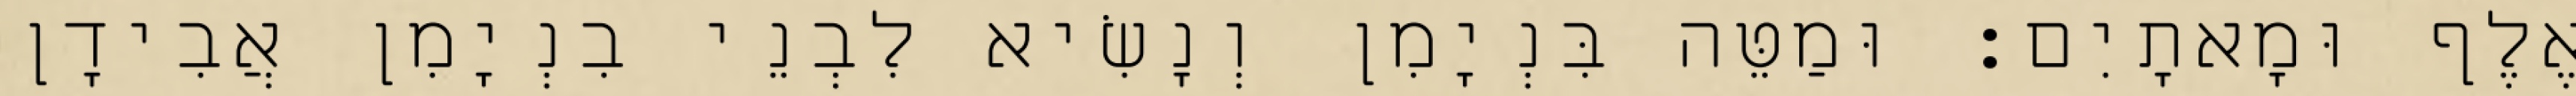
אֶלֶף וּמָאתָיִם׃ וּמַטֵּה בִּנְיָמִן וְנָשִׂיא לִבְנֵי בִנְיָמִן אֲבִידָן